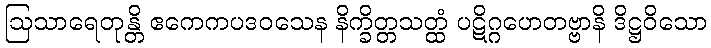
ဩသာရေတုန္တိ ဧကေကပဒဝသေန နိက္ခိတ္တသတ္ထံ ပဋိဂ္ဂဟေတဗ္ဗာနိ ဒိဋ္ဌဝိသော